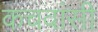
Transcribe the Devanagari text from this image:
कचवांसी